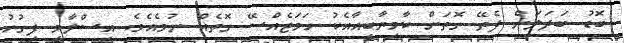
ބޮޑު ބަދަލަށް ފެތޭ ގޮތަށް ކާމިޔާބީއާއެކު ހަމަޖެއްސޭ ގޮތެއް ނުވެއެވެ. އިސްލާމީ ފިގުހު